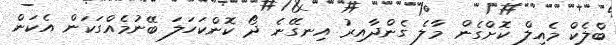
ބްލެކް މެއިލް ކޮށްގެން މާލެ ގެންދާއިރު އިނގޭނެ ދޯ ކޮންކަހަލަ ބޭނުމެއްގަކަން އެކަން